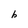
Character: b